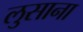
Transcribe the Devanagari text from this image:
लुसाना